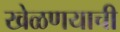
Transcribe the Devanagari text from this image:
खेळणयाची